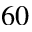
6 0